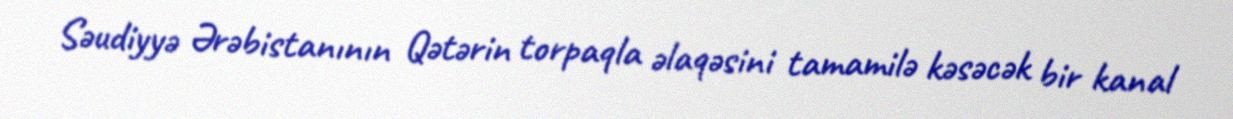
Səudiyyə Ərəbistanının Qətərin torpaqla əlaqəsini tamamilə kəsəcək bir kanal